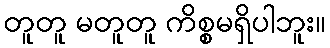
တူတူ မတူတူ ကိစ္စမရှိပါဘူး။